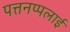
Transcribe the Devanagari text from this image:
पत्तनप्पलाई